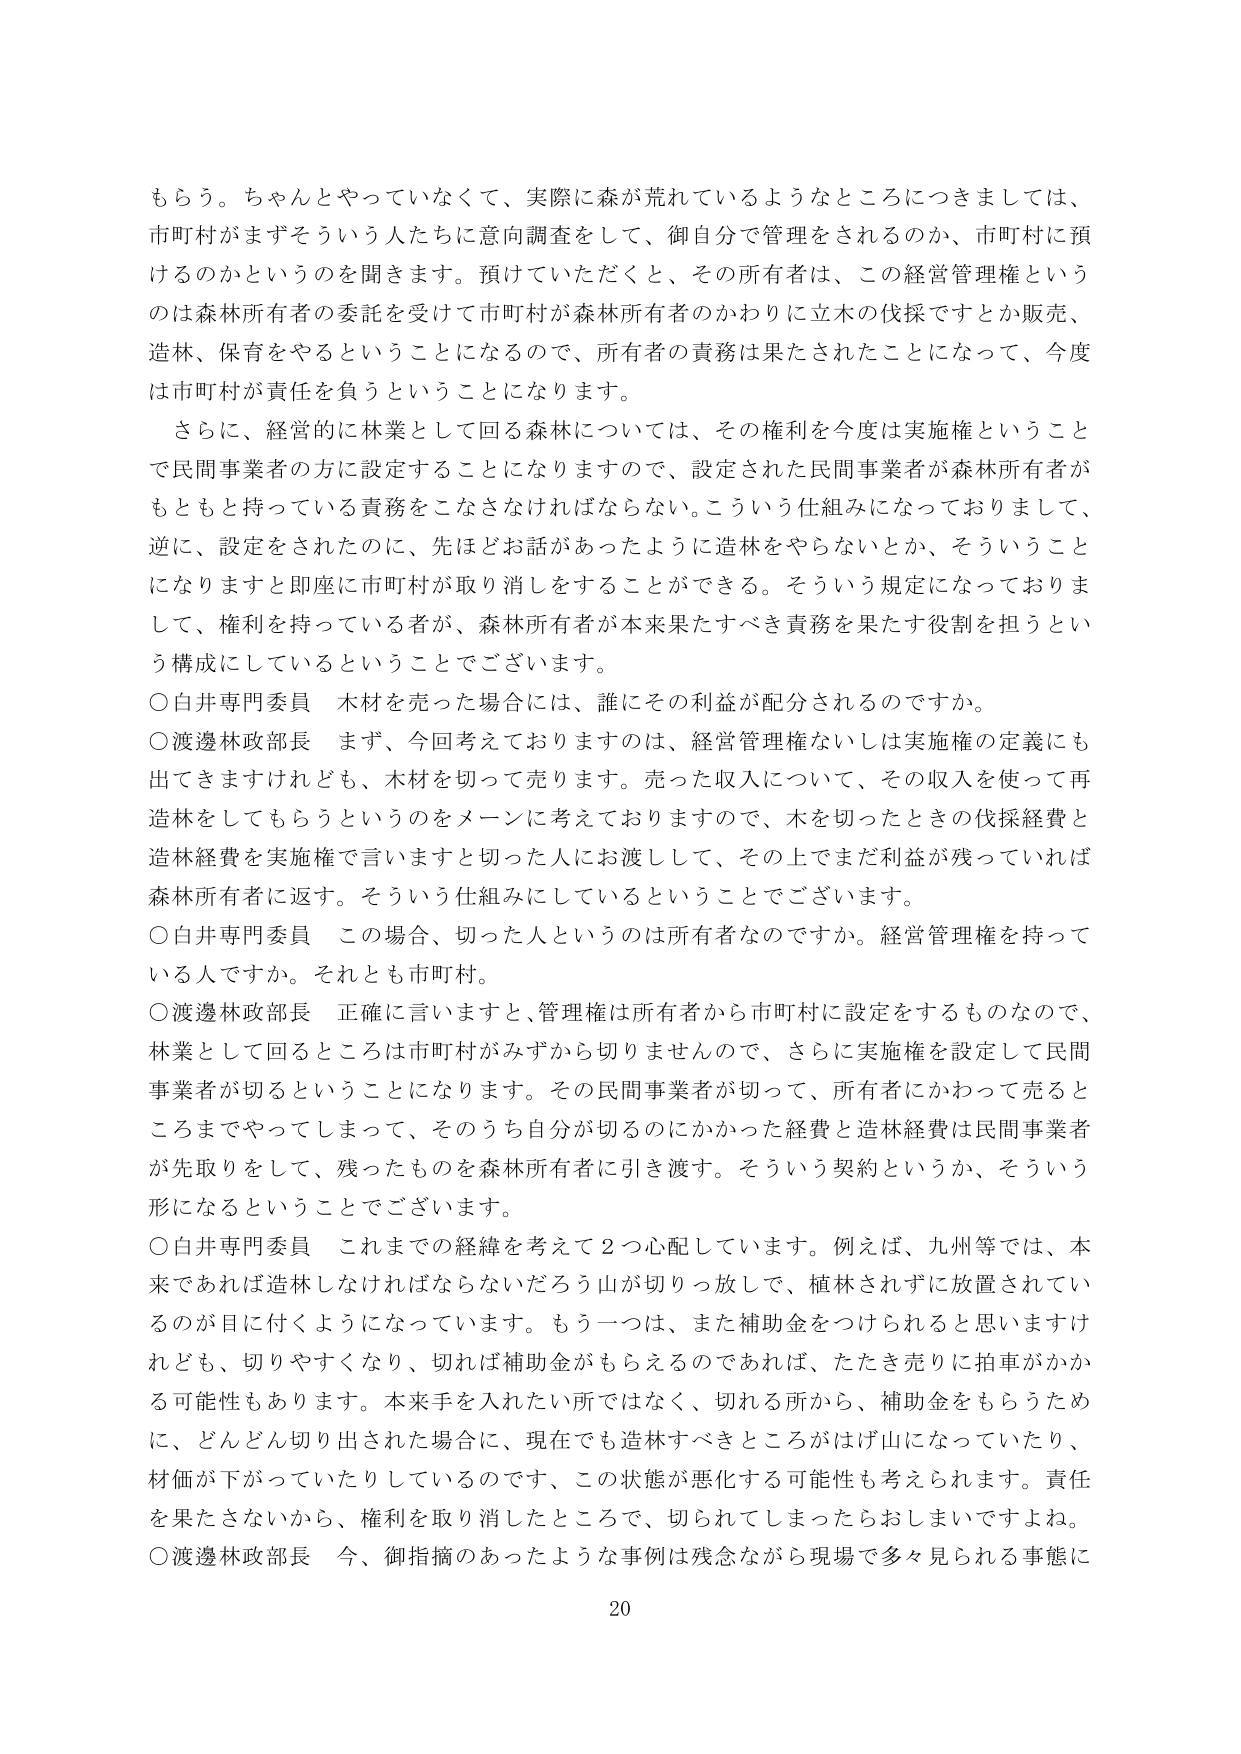
もらう。ちゃんとやっていなくて、実際に森が荒れているようなところにつきましては、
市町村がまずそういう人たちに意向調査をして、御自分で管理をされるのか、市町村に預けるのかというのを聞きます。預けていただくと、その所有者は、この経営管理権というのは森林所有者の委託を受けて市町村が森林所有者のかわりに立木の伐採ですとか販売、造林、保育をやるということになるので、所有者の責務は果たされたことになって、今度は市町村が責任を負うということになります。

さらに、経営的に林業として回る森林については、その権利を今度は実施権ということで民間事業者の方に設定することになりますので、設定された民間事業者が森林所有者がもともと持っている責務をこなさなければならない。こういう仕組みになっておりまして、逆に、設定をされたのに、先ほどお話があったように造林をやらないとか、そういうことになりますと即座に市町村が取り消しをすることができる。そういう規定になっておりまして、権利を持っている者が、森林所有者が本来果たすべき責務を果たす役割を担うという構成にしているということでございます。

○白井専門委員 木材を売った場合には、誰にその利益が配分されるのですか。

○渡邊林政部長 まず、今回考えておりますのは、経営管理権ないしは実施権の定義にも出てきますけれども、木材を切って売ります。売った収入について、その収入を使って再造林をしてもらうというのをメインに考えておりますので、木を切ったときの伐採経費と造林経費を実施権で言いますと切った人にお渡しして、その上でまだ利益が残っていれば森林所有者に返す。そういう仕組みにしているということでございます。

○白井専門委員 この場合、切った人というのは所有者なんですか。経営管理権を持っている人ですか。それとも市町村。

○渡邊林政部長 正確に言いますと、管理権は所有者から市町村に設定をするものなので、林業として回るところは市町村がみずから切りませんので、さらに実施権を設定して民間事業者が切るということになります。その民間事業者が切って、所有者にかわって売るとこまでやってしまって、そのうち自分が切るのにかかった経費と造林経費は民間事業者が先取りをして、残ったものを森林所有者に引き渡す。そういう契約というか、そういう形になるということでございます。

○白井専門委員 これまでの経緯を考えて２つ心配しています。例えば、九州等では、本来であれば造林しなければならないだろう山が切り放しで、植林されずに放置されているのが目に付くようになっています。もう一つは、また補助金をつけるられると思いますけれども、切りやすくなり、切れば補助金がもらえるのであれば、たたき売りに拍車がかかる可能性もあります。本来手を入れたい所ではなく、切れる所から、補助金をもらうために、どんどん切り出された場合に、現在でも造林すべきところがはげ山になっていたり、材価が下がっていたりしているのです、この状態が悪化する可能性も考えられます。責任を果たさないから、権利を取り消したところで、切られてしまったらおしまいですよね。

○渡邊林政部長 今、御指摘のあったような事例は残念ながら現場で多く見られる事態に

20